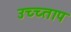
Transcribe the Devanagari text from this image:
उच्च्ताप